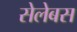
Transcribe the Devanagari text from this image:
सेलेबस